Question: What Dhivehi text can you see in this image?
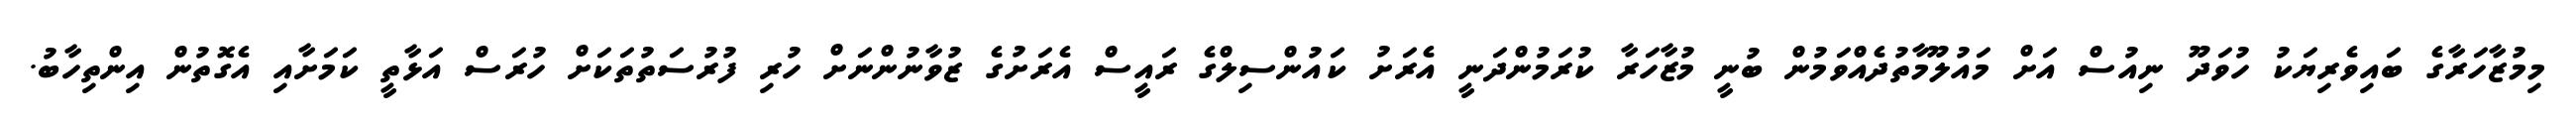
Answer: މިމުޒާހަރާގެ ބައިވެރިޔަކު ހުވަދޫ ނިއުސް އަށް މައުލޫމާތުދެއްވަމުން ބުނީ މުޒާހަރާ ކުރަމުންދަނީ އެރަށު ކައުންސިލްގެ ރައީސް އެރަށުގެ ޒުވާނުންނަށް ހުރި ފުރުސަތުތަކަށް ހުރަސް އަޅާތީ ކަމަށާއި އެގޮތުން އިންތިހާބު.